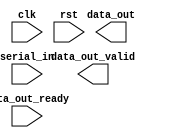
module uart_receiver #(
    parameter CLOCK_FREQ = 125_000_000,
    parameter BAUD_RATE  = 115_200
) (
    input clk,
    input rst,

    // Dequeue the received character to the Sink
    output [7:0] data_out,
    output data_out_valid,
    input data_out_ready,

    // Serial bit input
    input serial_in
);
    // TODO: Your code

endmodule